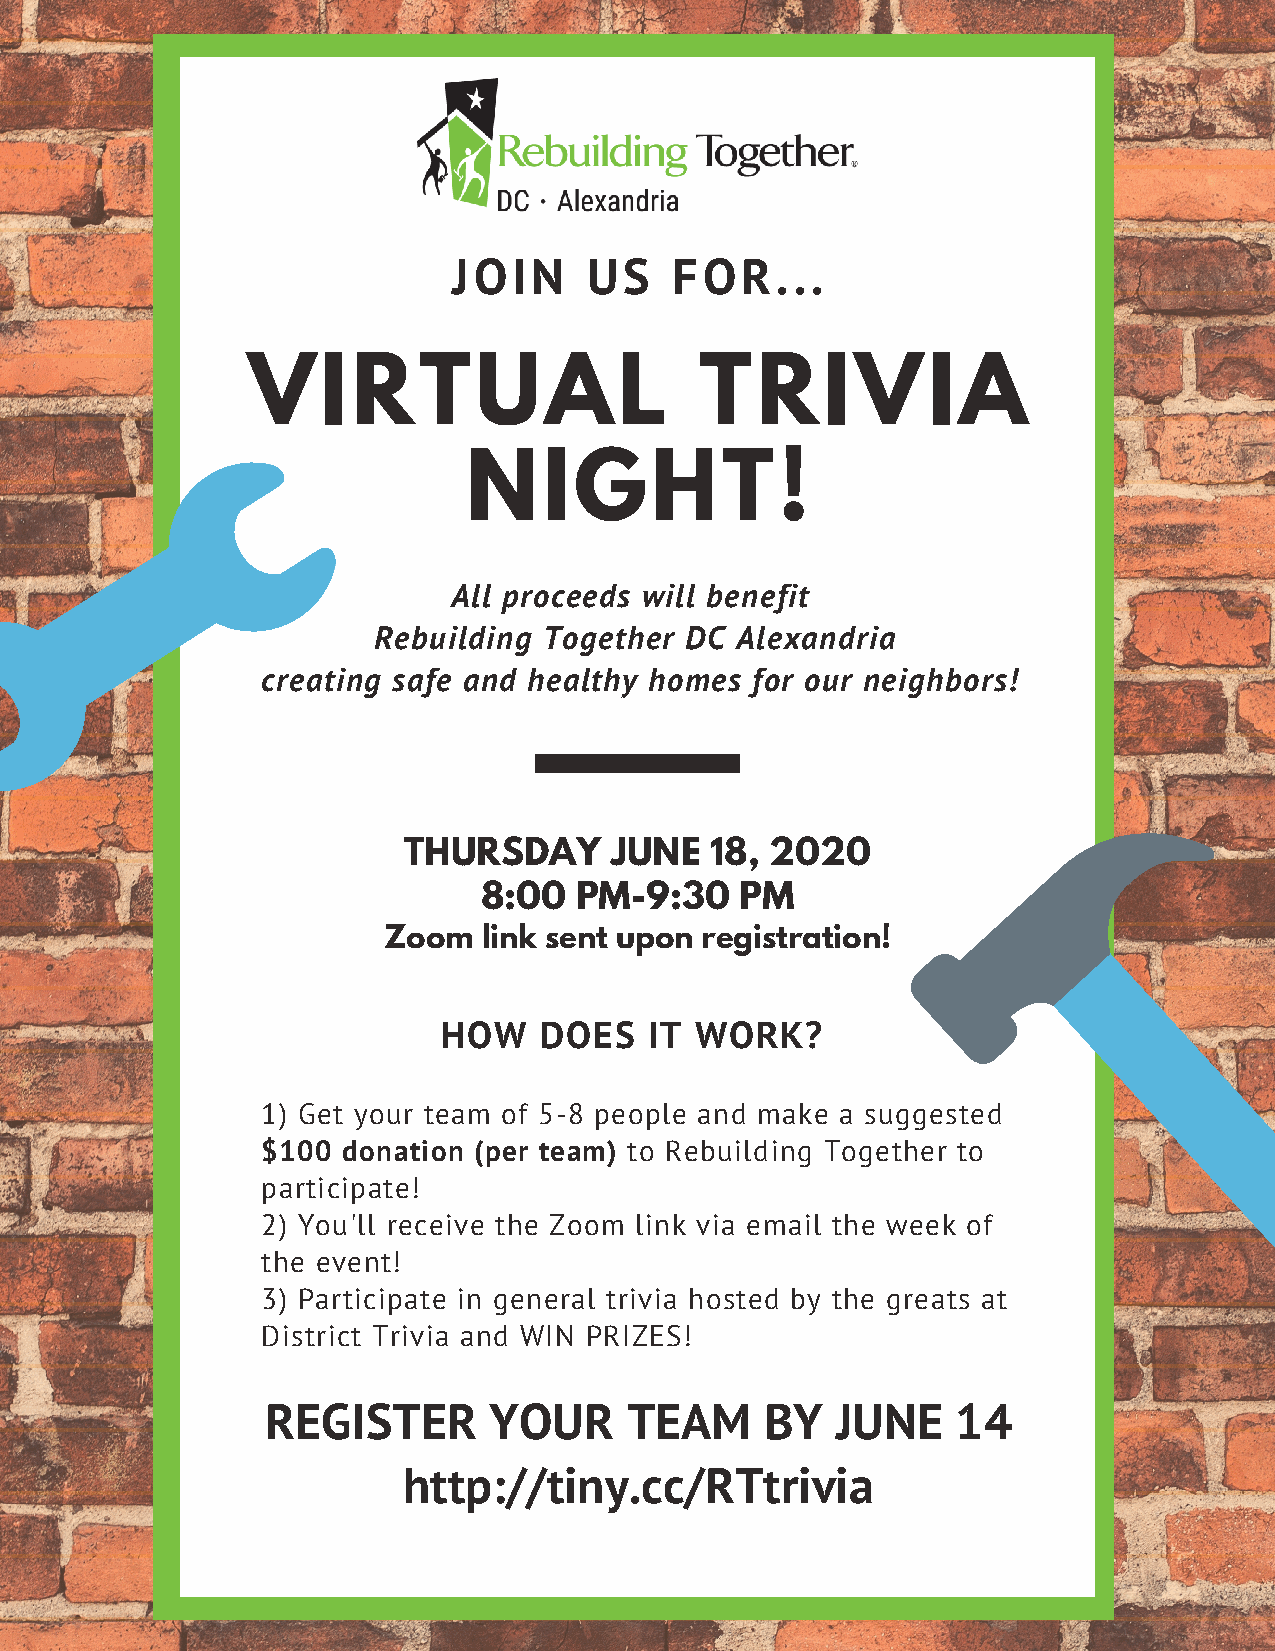
JOIN     US    FOR...
 VIRTUAL                       TRIVIA
 NIGHT!
 All proceeds will benefit
 Rebuilding Together DC  Alexandria
 creating safe and healthy homes  for our neighbors!
 THURSDAY     JUNE   18, 2020
 8:00  PM-9:30    PM
 Zoom   link sent upon registration!
 HOW    DOES   IT WORK?
 1) Get your team of 5-8 people and make a suggested
 $100  donation (per team) to Rebuilding Together to
 participate!
 2) You'll receive the Zoom link via email the week of
 the event!
 3) Participate in general trivia hosted by the greats at
 District Trivia and WIN PRIZES!
 REGISTER      YOUR     TEAM      BY  JUNE    14
 http://tiny.cc/RTtrivia